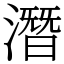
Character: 潛